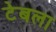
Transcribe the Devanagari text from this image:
टेबला